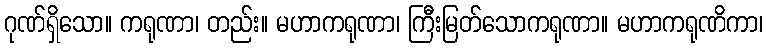
ဂုဏ်ရှိသော။ ကရုဏာ၊ တည်း။ မဟာကရုဏာ၊ ကြီးမြတ်သောကရုဏာ။ မဟာကရုဏိကာ၊